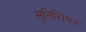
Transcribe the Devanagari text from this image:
सुनिशि्ंचत